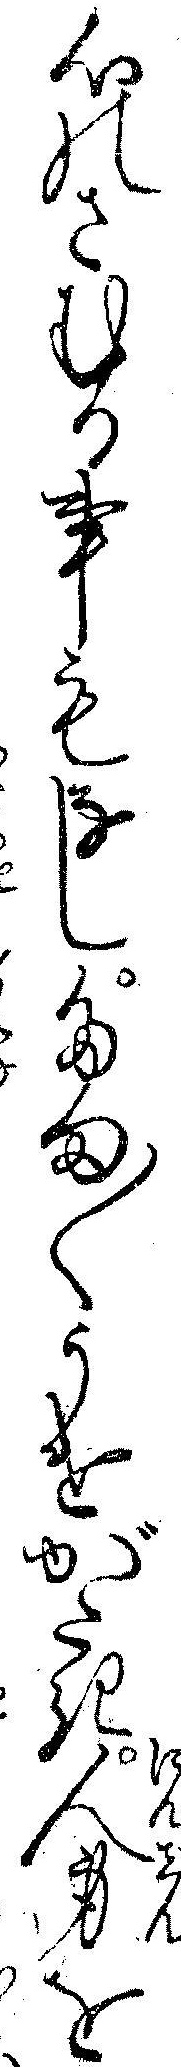
心のさむる事もなしたま〱うけがたき人身を